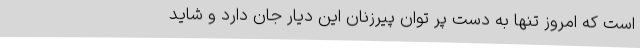
است که امروز تنها به دست پر توان پیرزنان این دیار جان دارد و شاید